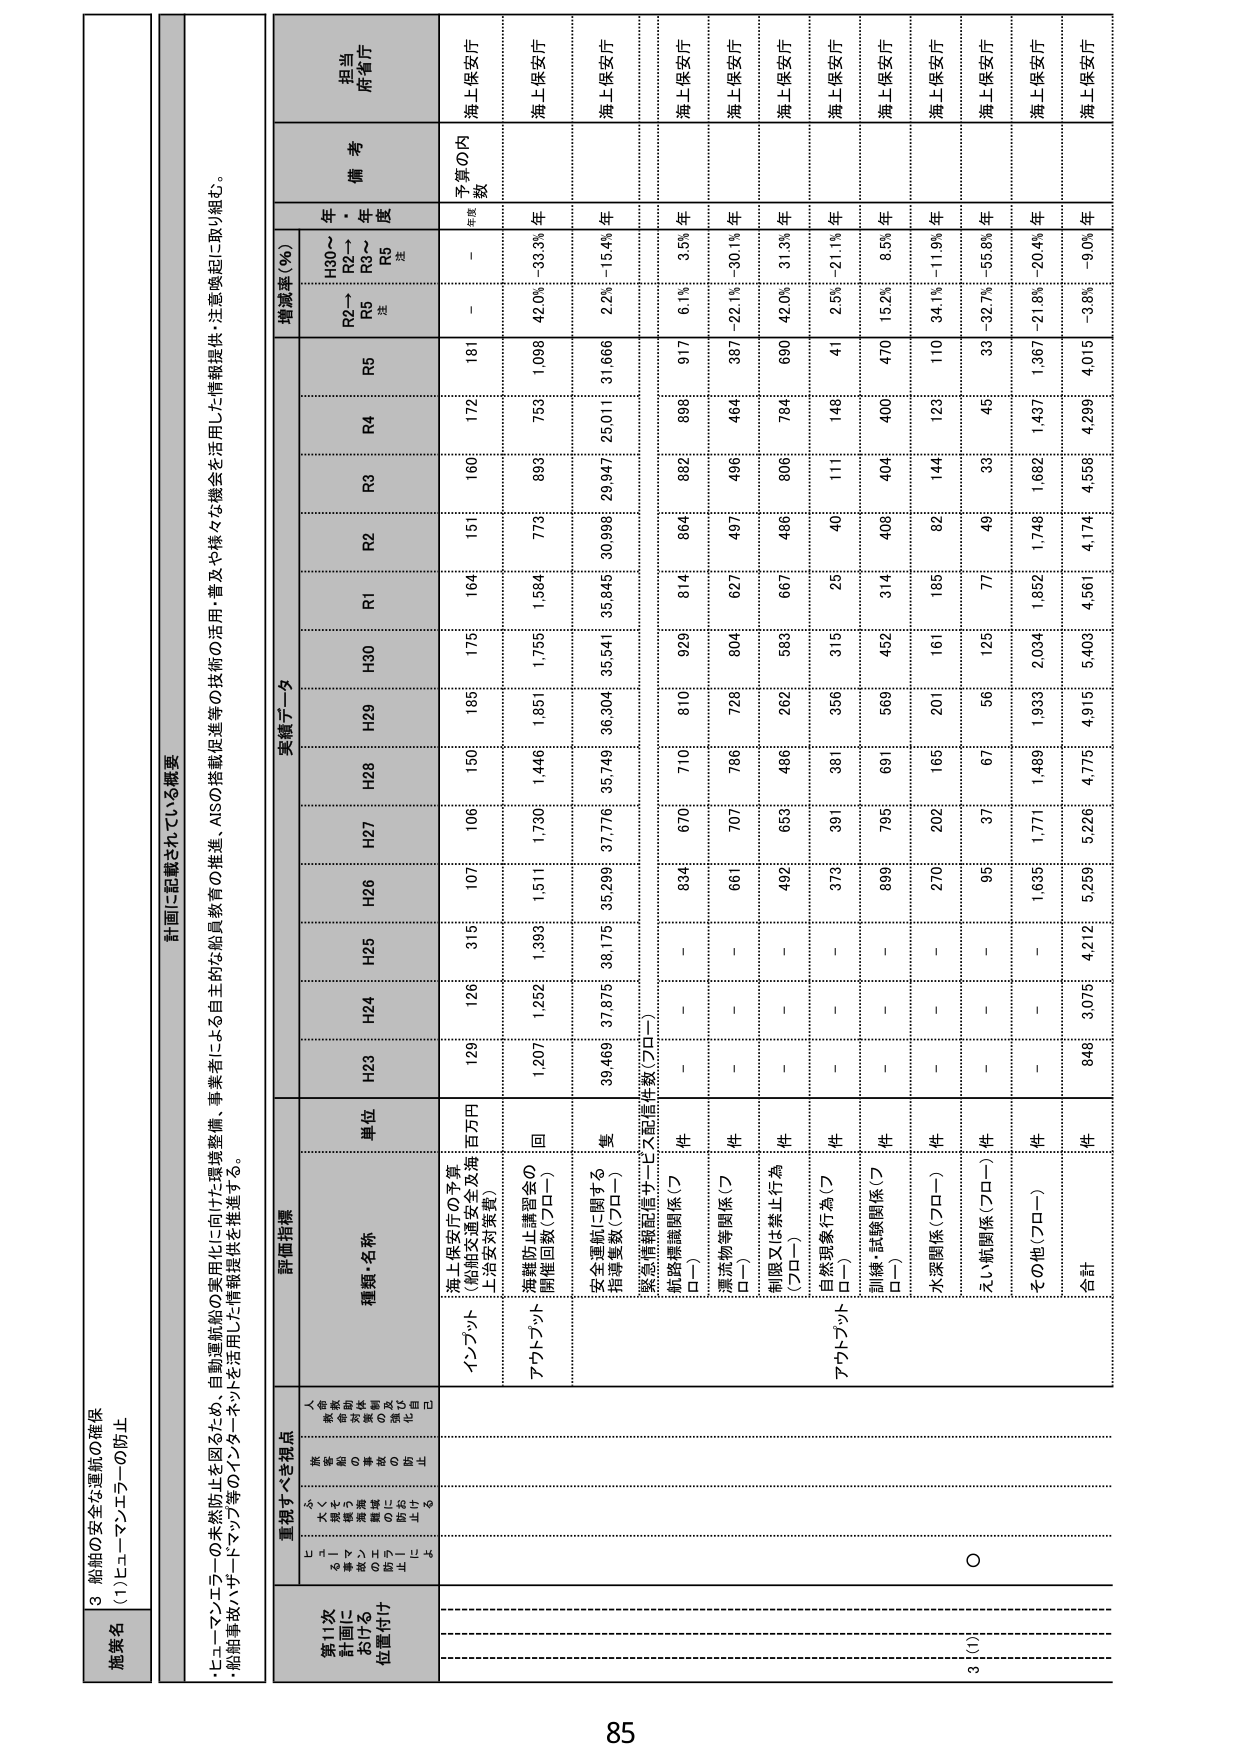
3 船舶の安全な運航の確保
(1) ヒューマンエラーの防止

施策名

計画に記載されている概要
・ヒューマンエラーの未然防止を図るため、自動運航船の実用化に向けた環境整備、事業者による自主的な船員教育の推進、AISの搭載促進等の技術の活用・普及や様々な機会を活用した情報提供・注意喚起に取り組む。
・船舶事故ハザードマップ等のインターネットを活用した情報提供を推進する。

第11次
計画における
位置付け

重視すべき視点
ヒューマンエラーの防止に
関する施策の位置付け
人命・船舶・環境等の
安全確保に寄与する施策
として重視

評価指標

種類・名称
単位

実績データ

増減率（％）

備考

担当
府省庁

H30～
R2～
R5
注

R2→
R5
注

年・
年度

予算の内
数
年度

海上保安庁

インプット
海上保安庁の予算
（船舶交通安全及海上治安対策費）
百万円
H23
129
H24
126
H25
315
H26
107
H27
106
H28
150
H29
185
H30
175
R1
164
R2
151
R3
160
R4
172
R5
181
－
－

アウトプット
海難防止講習会の
開催回数（プロー）
回
1,207
1,252
1,393
1,511
1,730
1,446
1,851
1,755
1,584
773
893
753
1,098
42.0%
-33.3%
年
海上保安庁

安全運航に関する
指導隻数（プロー）
隻
39,469
37,875
38,175
35,289
37,776
35,749
36,304
35,541
35,845
30,998
29,947
25,011
31,666
2.2%
-15.4%
年
海上保安庁

緊急情報配信サービス配信件数（プロー）
件
－
－
－
834
670
710
810
929
814
864
892
898
917
6.1%
3.5%
年
海上保安庁

航路標識関係（プロー）
件
－
－
－
661
707
786
728
804
627
497
496
464
387
-22.1%
-30.1%
年
海上保安庁

漂流物等関係（プロー）
件
－
－
－
492
659
486
262
589
667
486
806
784
690
42.0%
31.3%
年
海上保安庁

制限又は禁止行為（プロー）
件
－
－
－
373
391
381
356
315
25
40
111
148
41
2.5%
-21.1%
年
海上保安庁

自然現象行為（プロー）
件
－
－
－
869
795
691
569
452
314
408
404
400
470
15.2%
8.5%
年
海上保安庁

訓練・試験関係（プロー）
件
－
－
－
270
202
165
201
161
185
82
144
123
110
34.1%
-11.9%
年
海上保安庁

水深関係（プロー）
件
－
－
－
95
37
67
56
125
77
49
39
45
33
-32.7%
-55.8%
年
海上保安庁

えい航関係（プロー）
件
－
－
－
1,635
1,771
1,499
1,933
2,034
1,892
1,748
1,682
1,437
1,367
-21.8%
-20.4%
年
海上保安庁

その他（プロー）
件
－
－
－
4,212
5,259
5,226
4,775
4,915
5,409
4,561
4,174
4,556
4,299
-3.8%
-9.0%
年
海上保安庁

合計
件
848
3,075
4,212
5,259
5,226
4,775
4,915
5,409
4,561
4,174
4,556
4,299
4,015
－
－
海上保安庁

3 (1)
○

85